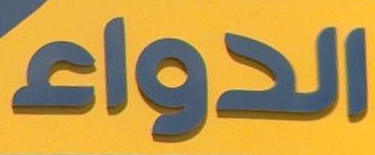
الدواء